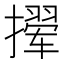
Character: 𫾉